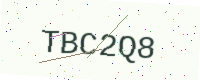
Text: TBC2Q8